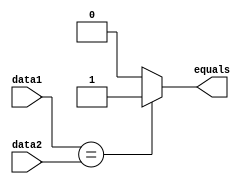
//11-bit comparator used for comparing the tag bits
module comparator_11bit(output reg equals,input[10:0] data1,data2);

	always @(data1 or data2)
	begin
		if (data1==data2)
			equals=1'b1;
		else
			equals=1'b0;
	end	

endmodule